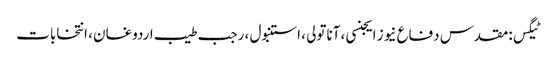
ٹیگس: مقدس دفاع نیوز ایجنسی ، آناتولی ، استنبول ، رجب طیب اردوغان ، انتخابات